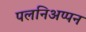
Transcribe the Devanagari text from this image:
पलनिअप्पन